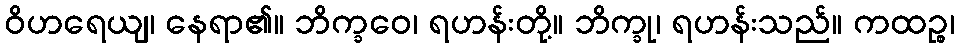
ဝိဟရေယျ၊ နေရာ၏။ ဘိက္ခဝေ၊ ရဟန်းတို့။ ဘိက္ခု၊ ရဟန်းသည်။ ကထဉ္စ၊